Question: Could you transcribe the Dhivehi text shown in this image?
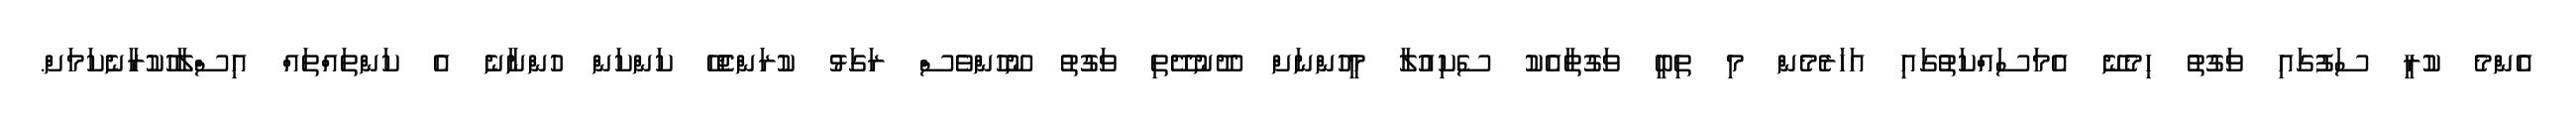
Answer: އެންމެ ކުރީ ސަފުގައި ވަގުތު ހިމެނޭ އެމަސައްކަތުގައި އަހަރެމެން މި ތިބީ ވަގުތާއެކު ސެކިއުލާ މީހުންނަށް ދޫނުދޭތި ވަގުތު ނޫހުންވެސް ރަގަޅު ކުރަންޖެހޭ ކަންކަން ހުންނާނެ އެ ކަންތައްތައް އިސްލާހުކުރާނެކަމަށް.